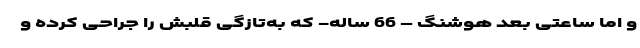
و اما ساعتی بعد هوشنگ – 66 ساله- که به‌تازگی قلبش را جراحی کرده و